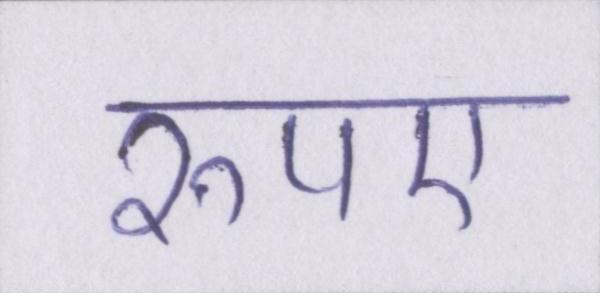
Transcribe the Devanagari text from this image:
रुपए